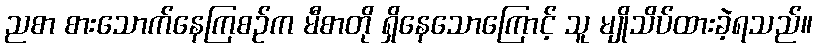
ညစာ စားသောက်နေကြစဉ်က မီစာတို ရှိနေသောကြောင့် သူ မျိုသိပ်ထားခဲ့ရသည်။